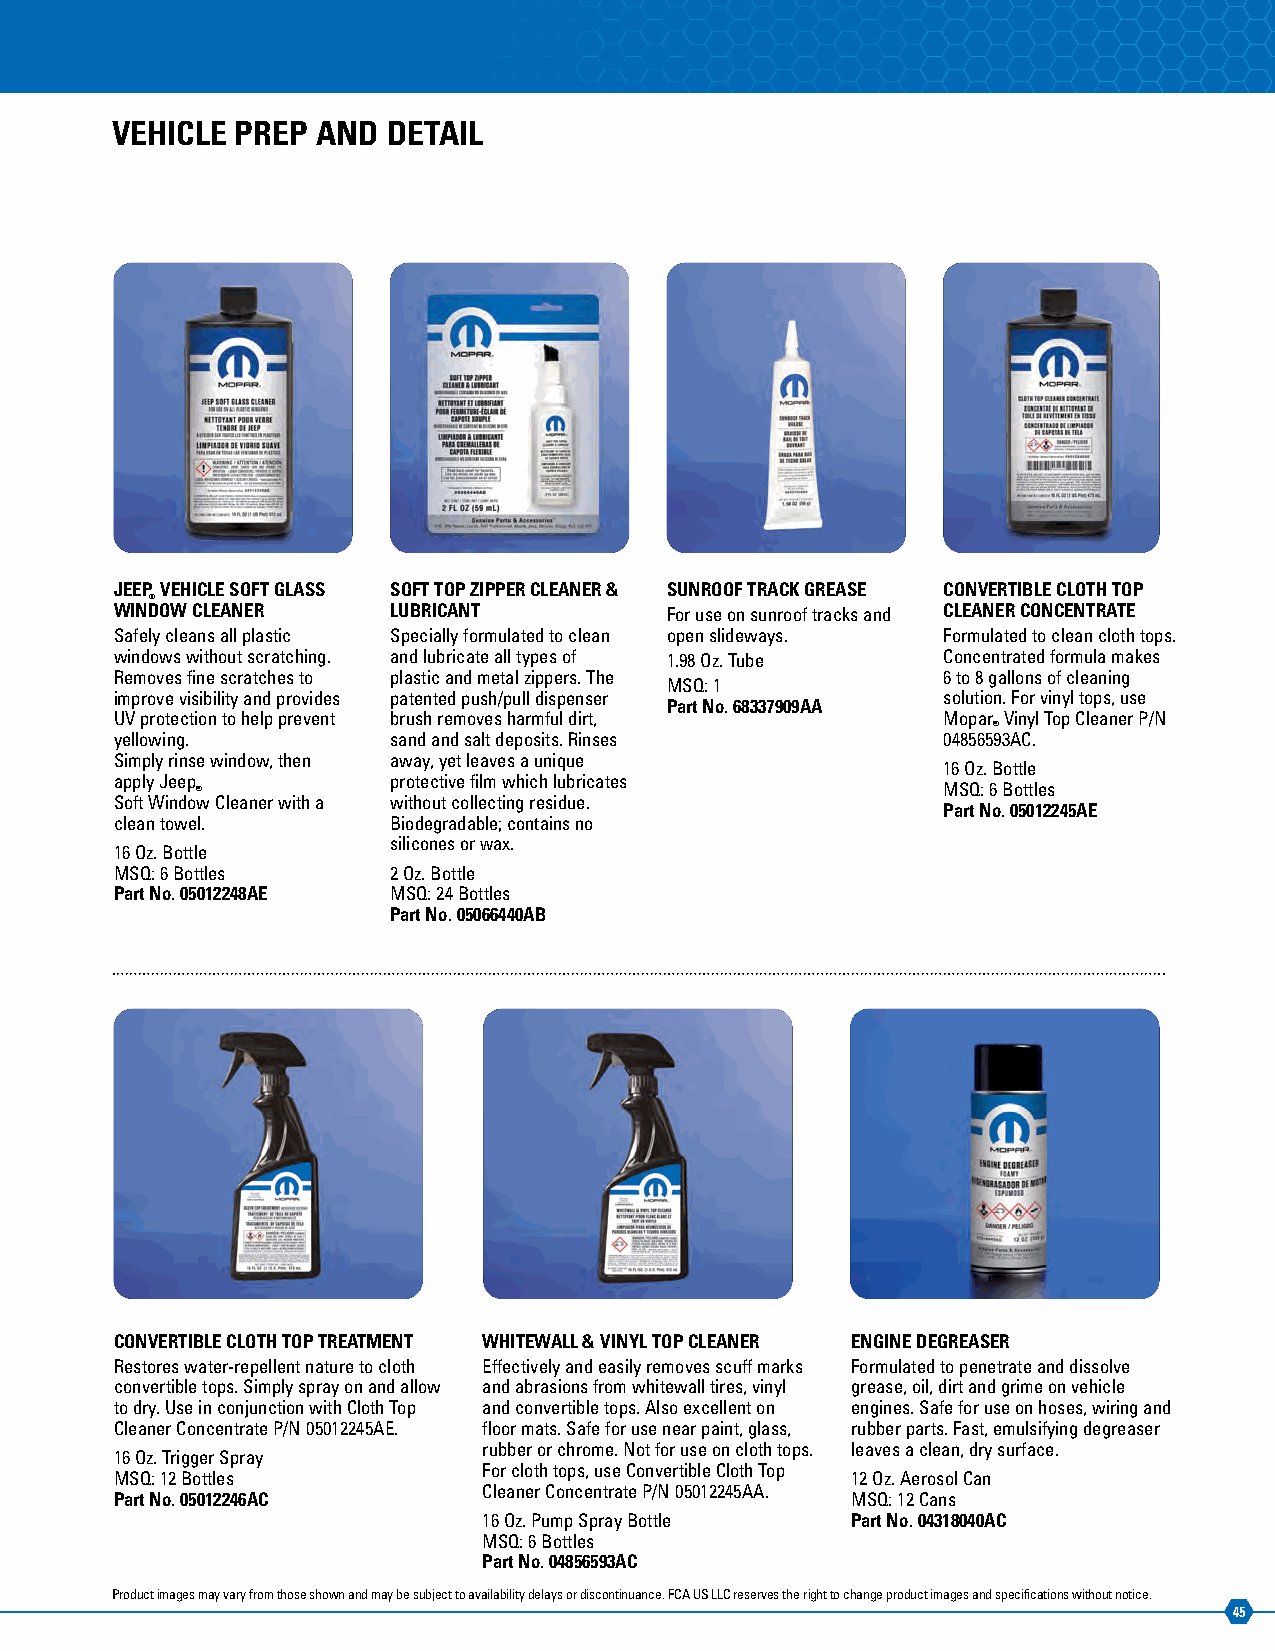
VEHICLE  PREP AND  DETAIL
 JEEP VEHICLE SOFT GLASS SOFT TOP ZIPPER CLEANER & SUNROOF TRACK GREASE CONVERTIBLE CLOTH TOP
 ®
 WINDOW CLEANER    LUBRICANT         For use on sunroof tracks and CLEANER CONCENTRATE
 Safely cleans all plastic Specially formulated to clean open slideways. Formulated to clean cloth tops.
 windows without scratching. and lubricate all types of 1.98 Oz. Tube Concentrated formula makes
 Removes fine scratches to plastic and metal zippers. The 6 to 8 gallons of cleaning
 MSQ: 1
 improve visibility and p rovides patented push/pull dispenser solution. For vinyl tops, use
 Part No. 68337909AA
 UV protection to help prevent brush removes harmful dirt, Mopar Vinyl Top Cleaner P/N
 ®
 yellowing.        sand and salt deposits. Rinses      04856593AC.
 Simply rinse window, then away, yet leaves a unique
 16 Oz. Bottle
 apply Jeep        protective film which lubricates
 ®                                                MSQ: 6 Bottles
 Soft Window Cleaner with a without collecting residue.
 Part No. 05012245AE
 clean towel.      Biodegradable; contains no
 silicones or wax.
 16 Oz. Bottle
 MSQ: 6 Bottles    2 Oz. Bottle
 Part No. 05012248AE MSQ: 24 Bottles
 Part No. 05066440AB
 CONVERTIBLE CLOTH TOP TREATMENT WHITEWALL & VINYL TOP CLEANER ENGINE DEGREASER
 Restores water-repellent nature to cloth Effectively and easily removes scuff marks Formulated to penetrate and dissolve
 convertible tops. Simply spray on and allow and abrasions from whitewall tires, vinyl grease, oil, dirt and grime on vehicle
 to dry. Use in conjunction with Cloth Top and convertible tops. Also excellent on engines. Safe for use on hoses, wiring and
 Cleaner Concentrate P/N 05012245AE. floor mats. Safe for use near paint, glass, rubber parts. Fast, emulsifying degreaser
 rubber or chrome. Not for use on cloth tops. leaves a clean, dry surface.
 16 Oz. Trigger Spray
 For cloth tops, use Convertible Cloth Top
 MSQ: 12 Bottles                                 12 Oz. Aerosol Can
 Cleaner Concentrate P/N 05012245AA.
 Part No. 05012246AC                             MSQ: 12 Cans
 16 Oz. Pump Spray Bottle Part No. 04318040AC
 MSQ: 6 Bottles
 Part No. 04856593AC
 Product images may vary from those shown and may be subject to availability delays or discontinuance. FCA US LLC reserves the right to change product images and specifications without notice.
 45